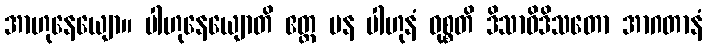
အာဟုနေယျော။ ပါဟုနေယျောတိ ဧတ္ထ ပန ပါဟုနံ ဝုစ္စတိ ဒိသာဝိဒိသတော အာဂတာနံ